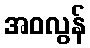
အဝလွန်